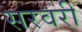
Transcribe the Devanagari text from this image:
सरवरी